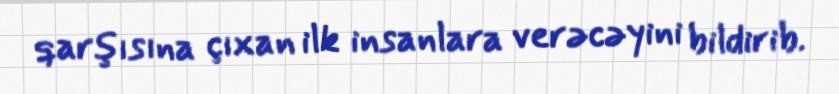
qarşısına çıxan ilk insanlara verəcəyini bildirib.